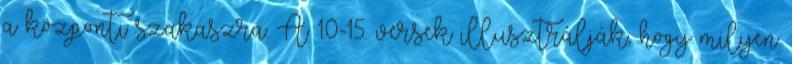
a központi szakaszra. A 10-15. versek illusztrálják, hogy milyen